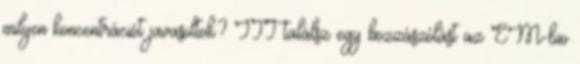
milyen koncentrációt javasoltok? ITT találsz egy hozzászólást az EM-bio